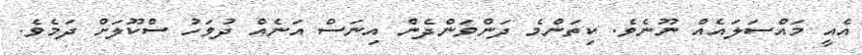
އެއީ މައްސަލައެއް ނޫނެވެ. ކިތަންމެ ދަންވަންދެން އިނަސް އަނެއް ދުވަހު ސްކޫލަށް ދަމެވެ.